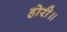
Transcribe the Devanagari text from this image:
होरी॥